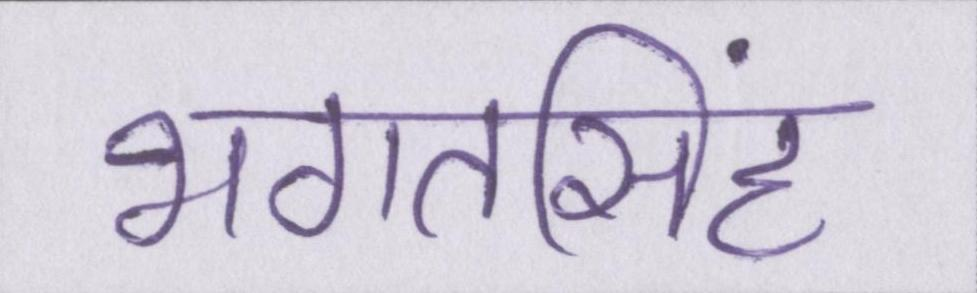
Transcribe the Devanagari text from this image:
भगतसिंह